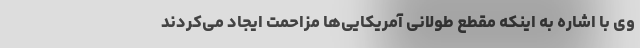
وی با اشاره به اینکه مقطع طولانی آمریکایی‌ها مزاحمت ایجاد می‌کردند